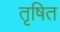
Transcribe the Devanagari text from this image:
तृषित